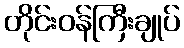
တိုင်းဝန်ကြီးချုပ်